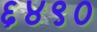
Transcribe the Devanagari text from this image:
६४९०